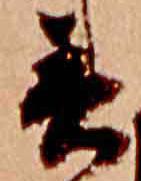
春